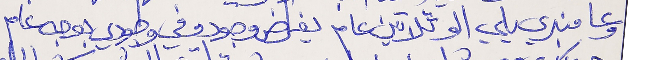
وعا منبري يلي الو تلاتين عام يفرض وجودو في وجودي بوجه عام